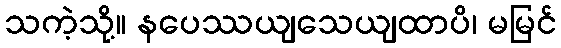
သကဲ့သို့။ နပေဿယျသေယျထာပိ၊ မမြင်